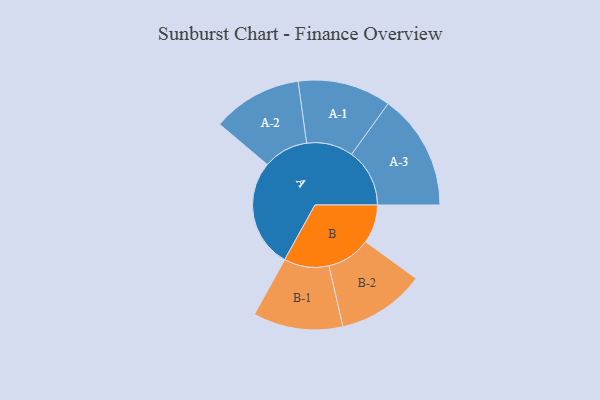
{"axis": {"x": "Segment", "y": "Value"}, "legend": ["", "A", "B"], "data": [{"x": "A", "y": 439, "type": ""}, {"x": "B", "y": 156, "type": ""}, {"x": "A-1", "y": 189, "type": "A"}, {"x": "A-2", "y": 182, "type": "A"}, {"x": "A-3", "y": 235, "type": "A"}, {"x": "B-1", "y": 182, "type": "B"}, {"x": "B-2", "y": 178, "type": "B"}]}